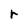
Character: r